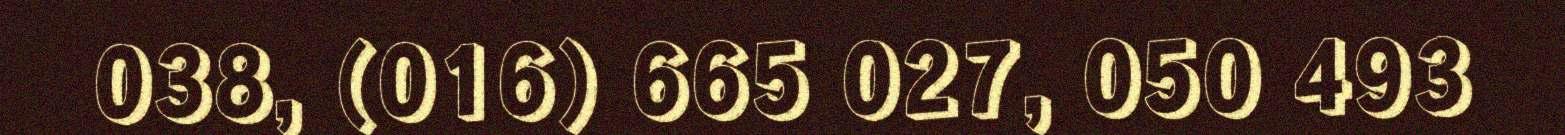
038, (016) 665 027, 050 493